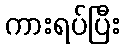
ကားရပ်ပြီး